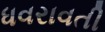
ધવરાવતી